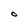
Character: o